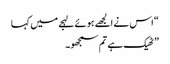
“ اس نے الجھے ہوئے لہجے میں کہا
” ٹھیک ہے تم سمجھو۔